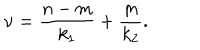
\mathrm { \ n u } = \frac { n - m } { k _ { 1 } } + \frac { m } { k _ { 2 } } .